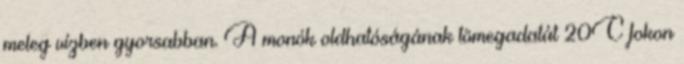
meleg vízben gyorsabban. A monók oldhatóságának tömegadatát 20C fokon